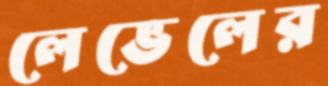
লেভেলের